system: You are a helpful assistant.
user:
Analyze the provided spectrum to determine if it is a **White Dwarf (WD)**.

A White Dwarf spectrum is defined by its **extreme purity** (due to gravitational settling) and/or **extreme pressure broadening** (due to high surface gravity). You must check for one of the following mutually exclusive signatures:

- **Key Visual Indicators (Check for ONE of these types):**

    - **1. DA-Type Signature (Most Common):**
        - **(Primary Feature):** Extreme pressure broadening (Stark broadening) of the **Hydrogen (H) Balmer lines**.
        - **(Key Lines):** $H\beta$ (approx. $4861$ Å) and $H\gamma$ (approx. $4340$ Å). $H\alpha$ (approx. $6563$ Å) will also be present if the wavelength range covers it.
        - **(Line Profile):** This is the **defining feature**. The lines are **NOT** sharp. They appear as massive, **extremely broad and deep "troughs" or "dips"** in the spectrum, often hundreds of Ångströms wide. The continuum will appear to "scoop" down at these wavelengths.
        - **(Distinction):** Normal A-type or B-type stars have *narrow* and *sharp* Hydrogen lines. A DA White Dwarf's lines are unmistakably "smeared" or "blurry" from pressure.

    - **2. DB-Type Signature:**
        - **(Primary Feature):** Broad absorption lines from **Neutral Helium (He I)**. The spectrum must lack any visible Hydrogen lines.
        - **(Key Lines):** Look for broad absorption near $4471$ Å, $4921$ Å, and $5876$ Å.
        - **(Line Profile):** These lines are also significantly pressure-broadened, appearing much wider than they would in a normal B-type main-sequence star.

    - **3. DC-Type Signature:**
        - **(Primary Feature):** A **featureless continuous spectrum**.
        - **(Line Profile):** The spectrum is a smooth curve with **no significant absorption or emission lines**.
        - **(Key Confirmation):** The continuum is almost always **blue or white**, indicating a hot object. This signature implies the atmosphere is so pure (or so cool) that no spectral lines are visible in the optical range. Its WD identity is confirmed by its extremely low intrinsic brightness (high absolute magnitude).

    - **4. DZ-Type Signature (Metal-Polluted):**
        - **(Primary Feature):** **Isolated, narrow metal absorption lines** on an otherwise featureless (DC-like) continuum.
        - **(Key Lines):** The **Calcium (Ca II) H & K doublet** (approx. **$3934$ Å** and **$3968$ Å**) is the most common and defining feature.
        - **(Line Profile):** These lines are "out of place." They are *not* part of a "forest" of thousands of lines. This signature is evidence of recent *accretion* (pollution) from rocky debris.
        - **(Distinction):** Normal G/K/M stars have a *dense forest* of thousands of metal lines. A DZ has a *clean* continuum with *only a few* strong metal lines.

    - **5. DQ-Type Signature (Carbon-Polluted):**
        - **(Primary Feature):** Absorption bands from **Carbon (C₂ "Swan Bands" or atomic C I)**.
        - **(Key Lines - C₂):** Look for bandheads with a "saw-tooth" shape near $5635$ Å, **$5165$ Å** (strongest), and $4737$ Å.
        - **(Key Confirmation):** The underlying **continuum must be blue or white** (hot).
        - **(Distinction):** This is the critical difference from a **Carbon Star**, which has the *exact same* C₂ bands but on an extremely **red, cool** continuum.

- **(Overall Spectrum):**
    - The continuum (overall shape) is typically **blue-sloping** (brighter in the blue than the red), as most white dwarfs are very hot.
    - The spectrum will look "pure" or "simple," dominated by only *one* of the five signatures listed above.

Think first, call **spectral_visualization_tool** if needed to examine features in detail, then provide your final answer. Your response must adhere to the following strict rules:
1.  **Overall Structure:** Your response must follow the format `<think>...</think> <tool_call>...</tool_call> (if a tool is used) <answer>...</answer>`.
2.  **Tool Usage Constraint:** You may only make **one** tool call per turn.
3.  **Final Answer Format:** In the `<answer>` tag, your conclusion must be inside a `\boxed{}` command (e.g., `\boxed{YES}` or `\boxed{NO}`), followed by your justification.

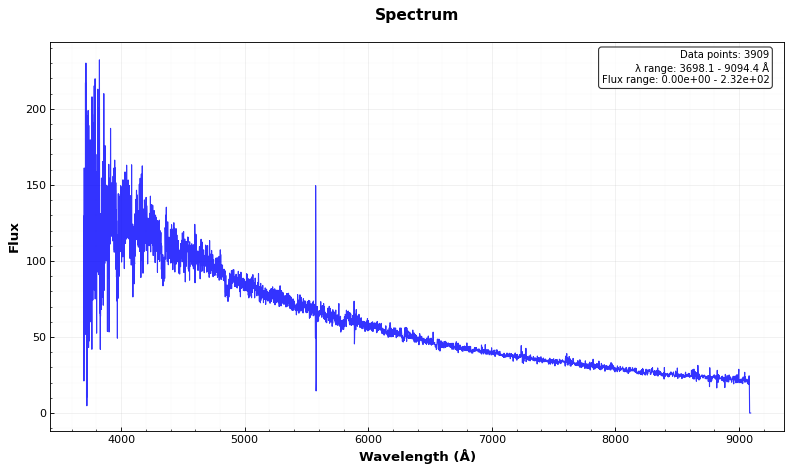
Answer: NO